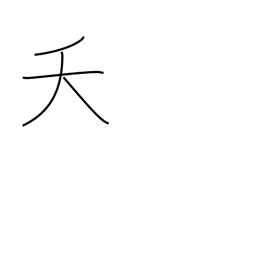
Meaning: early death